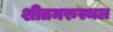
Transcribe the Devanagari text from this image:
शीतमरुस्थल